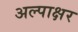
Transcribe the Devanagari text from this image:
अल्पाक्षर